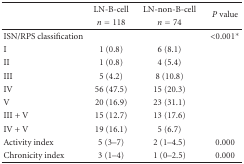
|  | LN-B-cell | LN-non-B-cell | <ROWSPAN=2> P value |
 |  | n = 118 | n = 74 |
 | --- | --- | --- | --- |
 | ISN/RPS classification |  |  | <0.001∗ |
 | I | 1 (0.8) | 6 (8.1) |  |
 | II | 1 (0.8) | 4 (5.4) |  |
 | III | 5 (4.2) | 8 (10.8) |  |
 | IV | 56 (47.5) | 15 (20.3) |  |
 | V | 20 (16.9) | 23 (31.1) |  |
 | III + V | 15 (12.7) | 13 (17.6) |  |
 | IV + V | 19 (16.1) | 5 (6.7) |  |
 | Activity index | 5 (3–7) | 2 (1–4.5) | 0.000 |
 | Chronicity index | 3 (1–4) | 1 (0–2.5) | 0.000 |